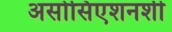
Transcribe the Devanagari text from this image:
असोसिएशनशी